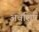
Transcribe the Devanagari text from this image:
अवशिष